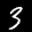
Label: 3